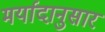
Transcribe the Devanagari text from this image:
मर्यादानुसार